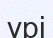
үрі